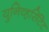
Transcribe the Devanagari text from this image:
युनिव्हर्सिटेट